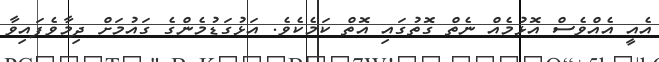
އެއީ އެއްވެސް އޮޅުމެއް ނެތް ގޮތުގައި އޮތް ކަމެކެވެ. އަޅުގަޑުމެންގެ ގައުމަށް ދިމާވެފައިވާ